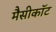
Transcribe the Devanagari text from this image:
मैसीकॉट